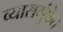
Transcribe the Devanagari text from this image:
व्यासगुंफेत